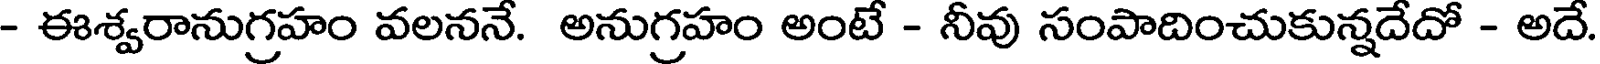
- ఈశ్వరానుగ్రహం వలననే. అనుగ్రహం అంటే - నీవు సంపాదించుకున్నదేదో - అదే